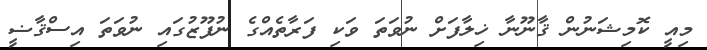
މިއީ ކޮމިޝަނުން ޤާނޫނާ ޚިލާފަށް ނުވަތަ ވަކި ފަރާތެއްގެ ނުފޫޒުގައި ނުވަތަ އިސްޤާޟީ